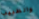
والطبيب